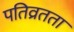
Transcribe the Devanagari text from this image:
पतिव्रतता